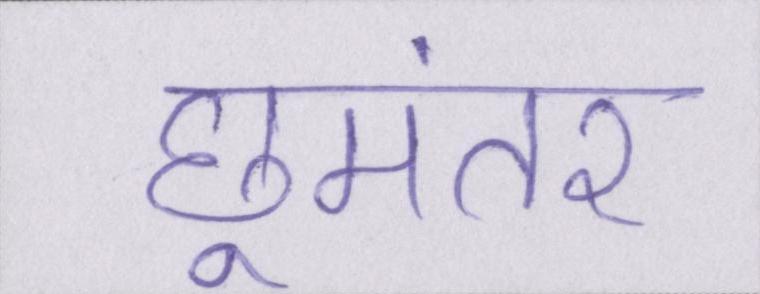
छूमंतर